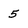
Character: 5